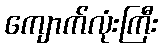
ကျောက်လုံးကြီး